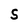
Character: S